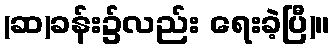
(ဆ)ခန်း၌လည်း ရေးခဲ့ပြီ)။